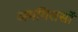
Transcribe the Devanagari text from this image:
अमगिरासों